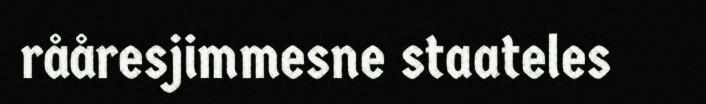
rååresjimmesne staateles